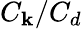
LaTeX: C_{\mathbf{k}}/C_{d}